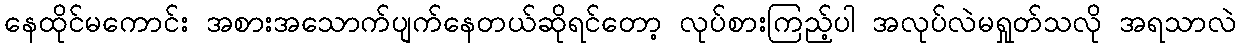
နေထိုင်မကောင်း အစားအသောက်ပျက်နေတယ်ဆိုရင်တော့ လုပ်စားကြည့်ပါ အလုပ်လဲမရှုတ်သလို အရသာလဲ